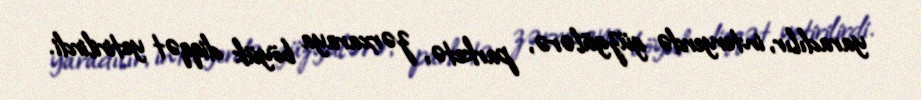
yaradılır, interyerdə güzgülərə, parketə, zərxaraya böyük diqqət yetirilirdi.